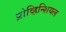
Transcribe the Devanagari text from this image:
प्रोव्हिन्शियल